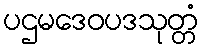
ပဌမဒေဝပဒသုတ္တံ